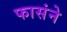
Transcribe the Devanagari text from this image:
फासंने